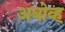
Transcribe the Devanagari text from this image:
अबोव्ह